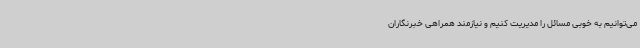
می‌توانیم به‌ خوبی مسائل را مدیریت کنیم و نیازمند همراهی خبرنگاران